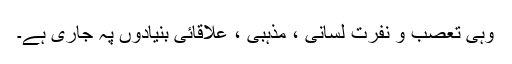
وہی تعصب و نفرت لسانی ، مذہبی ، علاقائی بنیادوں پہ جاری ہے۔